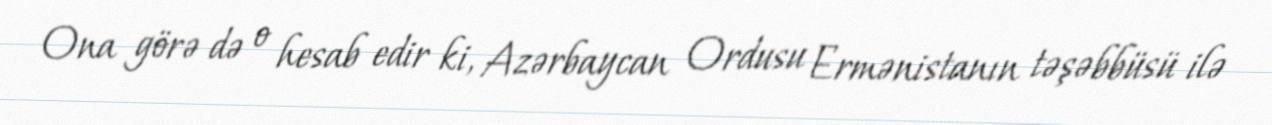
Ona görə də o hesab edir ki, Azərbaycan Ordusu Ermənistanın təşəbbüsü ilə